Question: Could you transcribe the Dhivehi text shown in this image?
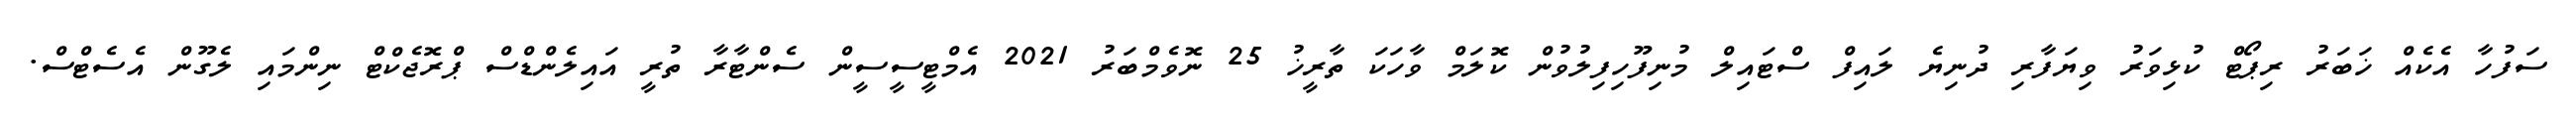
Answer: ސަފުހާ އެކެއް ޚަބަރު ރިޕޯޓް ކުޅިވަރު ވިޔަފާރި ދުނިޔެ ލައިފް ސްޓައިލް މުނިފޫހިފިލުވުން ކޮލަމް ވާހަކަ ތާރީޚު 25 ނޮވެމްބަރު 2021 އެމްޓީސީސީން ސެންޓާރާ ތުރީ އައިލެންޑްސް ޕްރޮޖެކްޓް ނިންމައި ލެގޫން އެސެޓްސް.